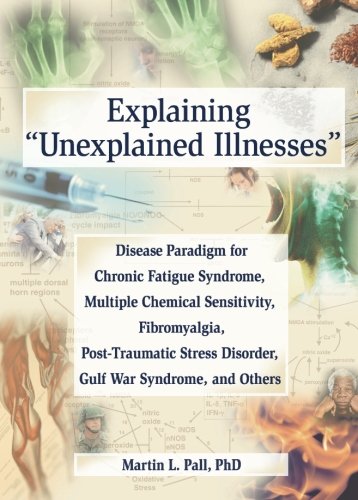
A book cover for Explaining 'Unexplained Illnesses': Disease Paradigm for Chronic Fatigue Syndrome, Multiple Chemical Sensitivity, Fibromyalgia, Post-Traumatic Stress Disorder, and Gulf War Syndrome; Martin L. Pall; Medical Books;